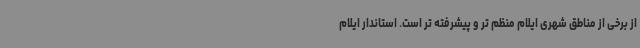
از برخی از مناطق شهری ایلام منظم تر و پیشرفته تر است. استاندار ایلام